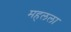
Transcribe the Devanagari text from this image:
महलला